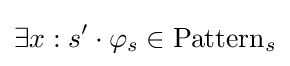
\exists x:s'\cdot \varphi _{s}\in \mathrm {Pattern} _{s}